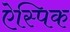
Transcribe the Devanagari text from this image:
ऐस्पिक